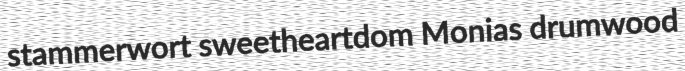
stammerwort sweetheartdom Monias drumwood